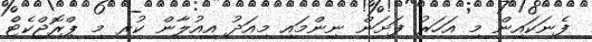
ފެނަކައިން މި އަހަރު ފަށަން ނިންމައި މިއަދު އިއުލާން ކުރި މި ޕްރޮޖްކެޓްެ